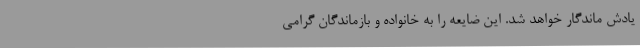
یادش ماندگار خواهد شد. این ضایعه را به خانواده و بازماندگان گرامی